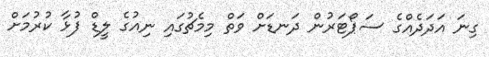
ގިނަ އަދަދެއްގެ ސަޕޯޓަރުން ދަނޑަށް ވަތް މިމެޗުގައި ނިއުގެ ލީޑް ފުޅާ ކުރުމަށް